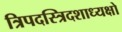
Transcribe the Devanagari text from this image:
त्रिपदस्त्रिदशाध्यक्षो